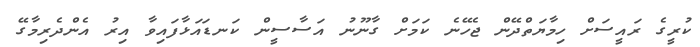
ކުރީގެ ރައީސަށް ހިމާޔަތްދޭން ޖެހޭނެ ކަމަށް ގާނޫނު އަސާސީން ކަނޑައަޅާފައިވާ އިރު އެންދެރިމާގޭ